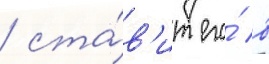
/ ста́в'ит его́ в